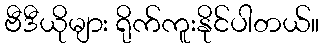
ဗီဒီယိုများ ရိုက်ကူးနိုင်ပါတယ်။